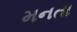
મનતા